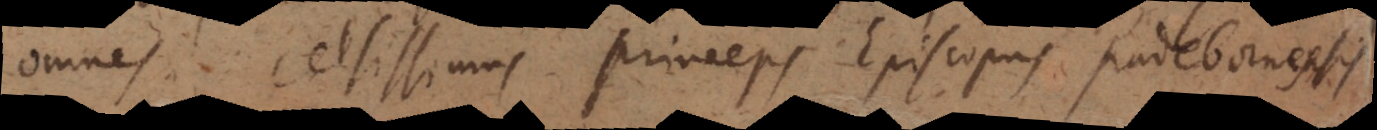
omnes celsissimus Princeps Episcopus Padebornensis